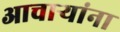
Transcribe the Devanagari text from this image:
आचार्‍यांना